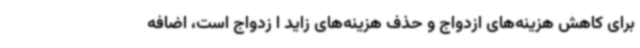
برای کاهش هزینه‌های ازدواج و حذف هزینه‌های زاید ا زدواج است، اضافه